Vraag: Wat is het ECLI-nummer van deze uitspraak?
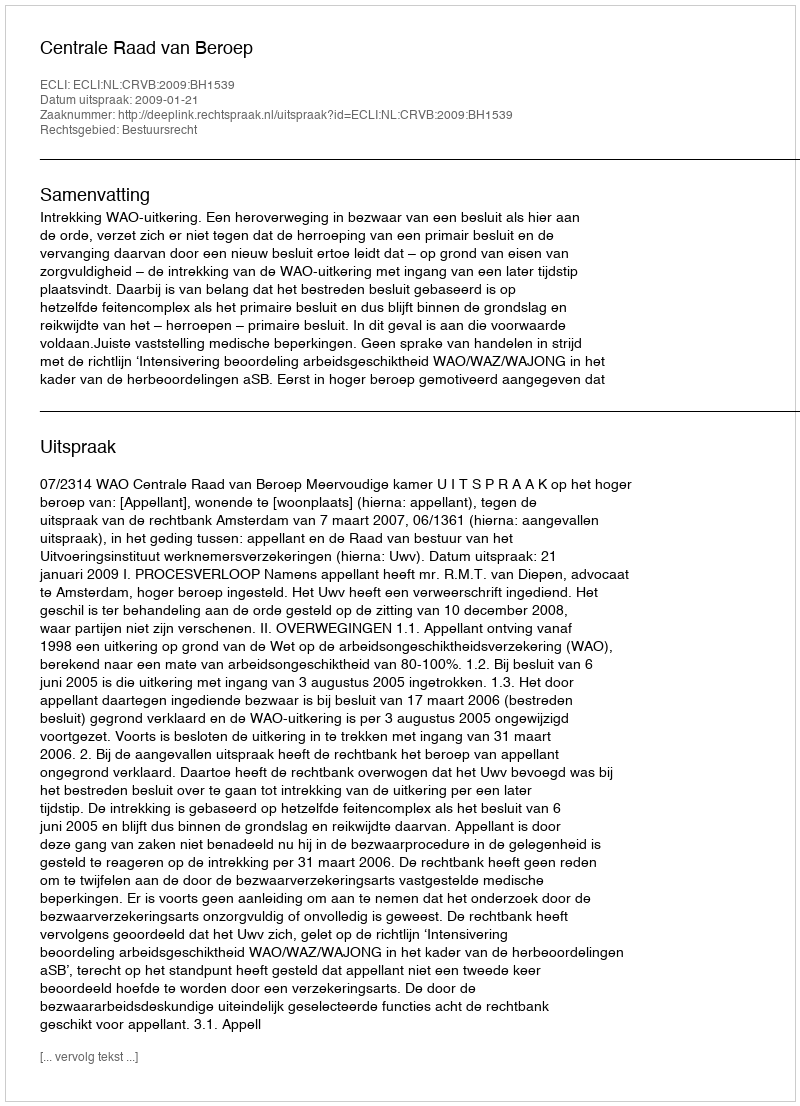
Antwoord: ECLI:NL:CRVB:2009:BH1539